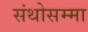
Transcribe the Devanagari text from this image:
संथोसम्मा